Report on vaccination in Madras 1877-1894 - 1877-1894
Year: 1877
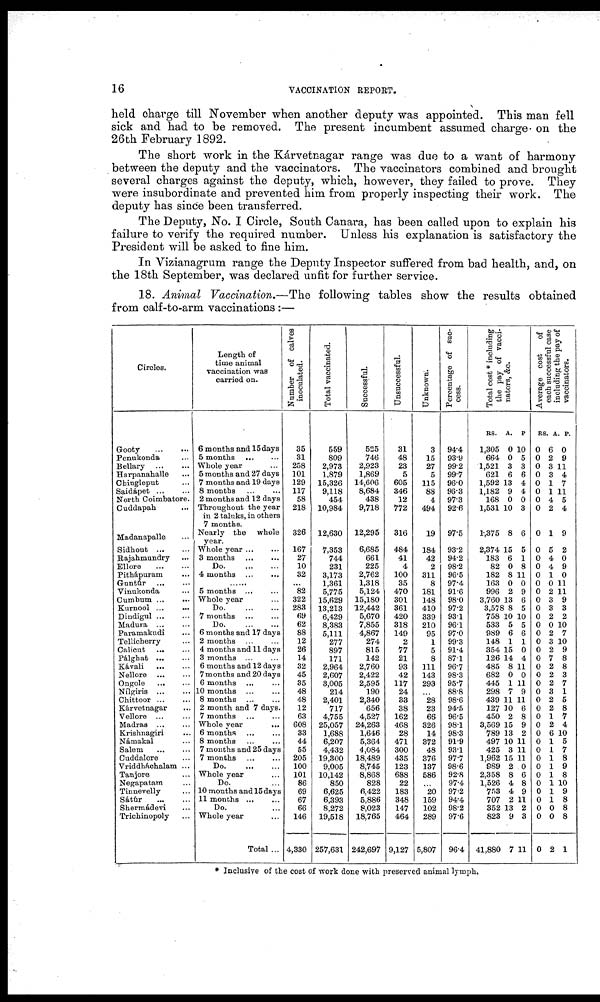
16
VACCINATION REPORT.
held charge till November when another deputy was appointed. This man fell
sick and had to be removed. The present incumbent assumed charge on the
26th February 1892.
The short work in the Kárvetnagar range was due to a want of harmony
between the deputy and the vaccinators. The vaccinators combined and brought
several charges against the deputy, which, however, they failed to prove. They
were insubordinate and prevented him from properly inspecting their work. The
deputy has since been transferred.
The Deputy, No. I Circle, South Canara, has been called upon to explain his
failure to verify the required number. Unless his explanation is satisfactory the
President will be asked to fine him.
In Vizianagrum range the Deputy Inspector suffered from bad health, and, on
the 18th September, was declared unfit for further service.
18. Animal Vaccination.—The following tables show the results obtained
from calf-to-arm vaccinations :—
Circles.
Gooty
...
...
Penukonda ...
Bellary
...
...
Harpanahalle ...
Chingleput ...
Saidápet
...
...
North Coimbatore.
Cuddapah ...
Madanapalle ...
Sidhout
...
...
Rajahmundry ...
Ellore
...
...
Pithápuram ...
Guntúr
...
...
Vinukonda ...
Cumbum ...
...
Kurnool
...
...
Dindigul ... ...
Madura ... ...
Paramakudi ...
Tellicherry ...
Calicut ... ...
Pálghat
...
...
Kávali
...
...
Nellore
...
...
Ongole
...
...
Nílgiris
...
...
Chittoor
...
...
Kárvetnagar ...
Vellore
...
...
Madras ... ...
Krishnagiri ...
Námakal ...
Salem
...
...
Cuddalore ...
Vriddháchalam ...
Tanjore ...
Negapatam ...
Tinnevelly ...
Sátúr
...
...
Shermádevi ...
Trichinopoly ...
Length of
time animal
vaccination was
carried on.
6 months and 15 days
5 months
...
...
Whole year ...
5 months and 27 days
7 months and 19 days
8 months ... ...
2 months and 12 days
Throughout the year
in 2 taluks, in others
7 months.
Nearly the whole
year.
Whole year ... ...
3 months
...
...
Do. ... ...
4 months
...
...
5 months ... ...
Whole year ...
Do. ... ...
7 months
...
...
Do. ... ...
6 months and 17 days
2 months
...
...
4 months and 11 days
3 months ... ...
6 months and 12 days
7 months and 20 days
6 months ... ...
10 months ... ...
8 months ... ...
2 month and 7 days.
7 months ... ...
Whole year
...
6 months ... ...
8 months ... ...
7 months and 25 days
7 months
...
...
Do. ... ...
Whole year ...
Do. ...
10 months and 15 days
11 mouths
...
...
Do. ...
Whole year ...
Total ...
Number of calves
inoculated.
35
31
258
101
129
117
58
218
326
167
27
10
32
...
82
322
283
69
62
88
12
26
14
32
45
35
48
48
12
63
608
33
44
55
205
100
101
86
69
67
66
146
4,330
Total vaccinated.
559
809
2,973
1,879
15,326
9,118
454
10,984
12,630
7,353
744
231
3,173
1,361
5,775
15,629
13,213
6,429
8,383
5,111
277
897
171
2,964
2,607
3,005
214
2,401
717
4,755
25,057
1,688
6,207
4,432
19,300
9,005
10,142
850
6,625
6,393
8,272
19,518
257,631
Successful.
525
746
2,923
1,869
14,606
8,684
438
9,718
12,295
6,685
661
225
2,762
1,318
5,124
15,180
12,442
5,670
7,855
4,867
274
815
142
2,760
2,422
2,595
190
2,340
656
4,527
24,263
1,646
5,364
4,084
18,489
8,745
8,868
828
6,422
5,886
8,023
18,765
242,697
Unsuccessful.
31
48
23
5
605
346
12
772
316
484
41
4
100
35
470
301
361
420
318
149
2
77
21
93
42
117
24
33
38
162
468
28
471
300
435
123
688
22
183
348
147
464
9,127
Unknown.
3
15
27
5
115
88
4
494
19
184
42
2
311
8
181
148
410
339
210
95
1
5
8
111
143
293
...
28
23
66
326
14
372
48
376
137
586
...
20
159
102
289
5,807
Percentage of suc-
cess.
94.4
93.9
99.2
99.7
96.0
96.3
97.3
92.6
97.5
93.2
94.2
98.2
96.5
97.4
91.6
98.0
97.2
93.1
96.1
97.0
99.3
91.4
87.1
96.7
98.3
95.7
88.8
98.6
94.5
96.5
98.1
98.3
91.9
93.1
97.7
98.6
92.8
97.4
97.2
94.4
98.2
97.6
96.4
Total cost * including
the pay of vacci-
nators, &c.
RS.
1,305
664
1,521
621
1,592
1,182
168
1,531
1,375
2,374
183
82
182
163
996
3,760
3,578
758
533
989
148
354
126
485
682
445
298
439
127
450
3,569
789
497
425
1,962
989
2,358
1,526
753
707
352
823
41,880
A.
0
0
3
6
13
9
0
10
8
15
6
0
8
0
2
13
8
10
5
6
1
15
14
8
0
1
7
11
10
2
15
13
10
3
15
2
8
4
4
2
13
9
7
P.
10
5
3
6
4
4
0
3
6
5
1
8
11
0
9
6
5
10
5
6
1
0
4
11
0
11
9
11
6
8
9
2
11
11
11
0
6
8
9
11
2
3
11
Average cost
of
each successful case
including the pay of
vaccinators.
RS.
0
0
0
0
0
0
0
0
0
0
0
0
0
0
0
0
0
0
0
0
0
0
0
0
0
0
0
0
0
0
0
0
0
0
0
0
0
0
0
0
0
0
0
A.
6
2
3
3
1
1
4
2
1
5
4
4
1
0
2
3
3
2
0
2
3
2
7
2
2
2
3
2
2
1
2
6
1
1
1
1
1
1
1
1
0
0
2
P.
0
9
11
4
7
11
5
4
9
2
0
9
0
11
11
9
3
2
10
7
10
9
8
8
3
7
1
5
8
7
4
10
5
7
8
9
8
10
9
8
8
8
1
* Inclusive of the cost of work done with preserved animal lymph.